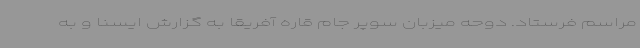
مراسم فرستاد. دوحه میزبان سوپر جام قاره آفریقا به گزارش ایسنا و به